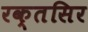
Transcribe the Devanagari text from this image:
रक्तसिर